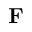
\mathbf { F }